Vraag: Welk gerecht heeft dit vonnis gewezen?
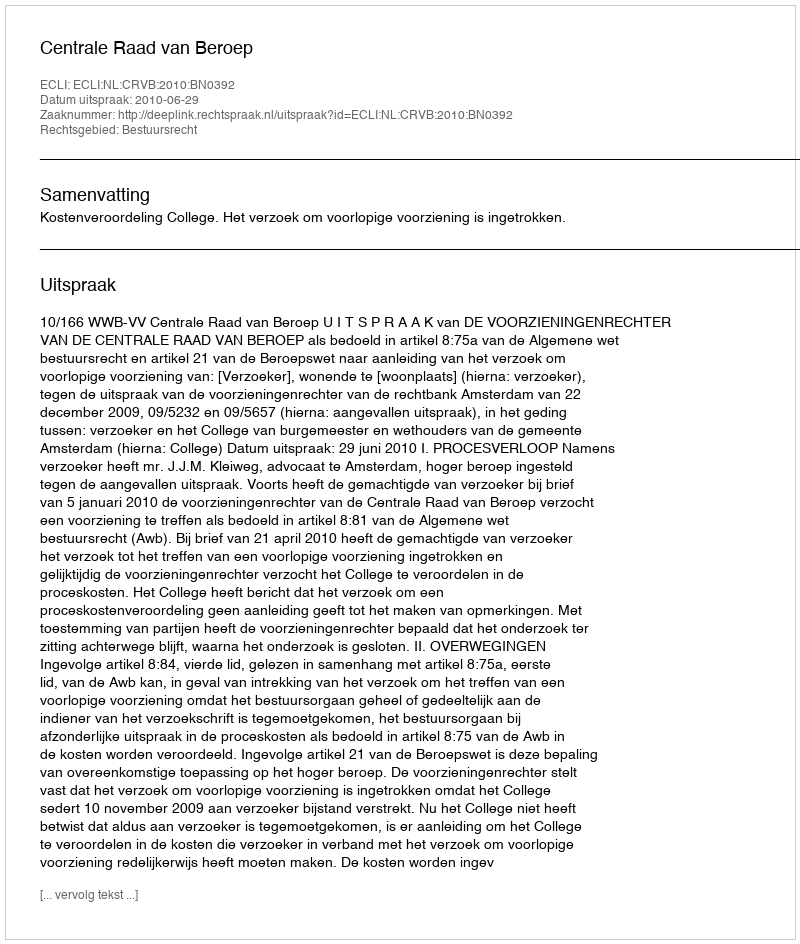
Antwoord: Centrale Raad van Beroep